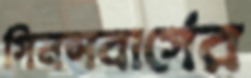
গিনসবার্গের